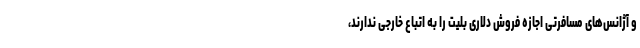
و آژانس‌های مسافرتی اجازه فروش دلاری بلیت را به اتباع خارجی ندارند،